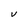
Character: V